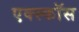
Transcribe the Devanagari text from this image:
एक्स्कॉस